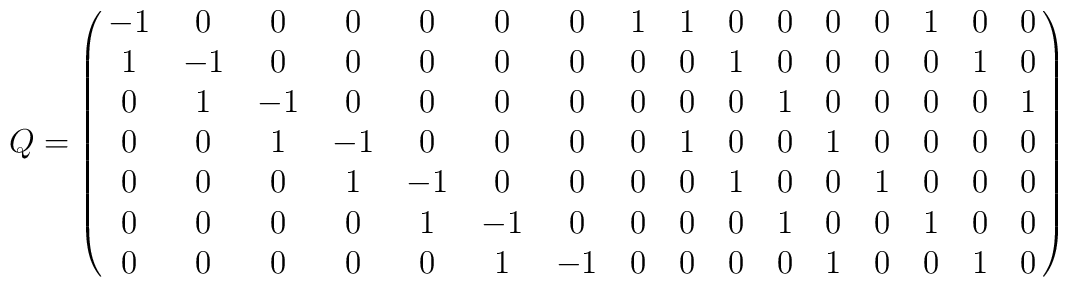
Q=\pmatrix{ -1 & 0 & 0 & 0 & 0 & 0 & 0 & 1 & \-1 & 0 & 0 & 0 & 0 & 1 & 0 & 0 \cr 1 & -1 & 0 & 0 & 0 & 0 & 0 & 0 & 0 & \-1 & 0 & 0 & 0 & 0 & 1 & 0 \cr 0 & 1 & -1 & 0 & 0 & 0 & 0 & 0 & 0 & 0 & \-1 & 0 & 0 & 0 & 0 & 1 \cr 0 & 0 & 1 & -1 & 0 & 0 & 0 & 0 & 1 & 0 & 0 & \-1 & 0 & 0 & 0 & 0 \cr 0 & 0 & 0 & 1 & -1 & 0 & 0 & 0 & 0 & 1 & 0 & 0 & \-1 & 0 & 0 & 0 \cr 0 & 0 & 0 & 0 & 1 & -1 & 0 & 0 & 0 & 0 & 1 & 0 & 0 & \-1 & 0 & 0 \cr 0 & 0 & 0 & 0 & 0 & 1 & -1 & 0 & 0 & 0 & 0 & 1 & 0 & 0 & \-1 & 0 \cr  }